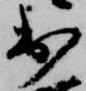
出